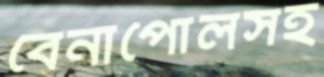
বেনাপোলসহ